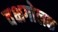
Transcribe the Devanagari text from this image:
वक्षगोलक